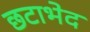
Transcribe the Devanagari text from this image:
छटाभेद